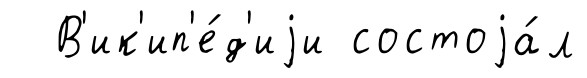
В'ик'ип'е́д'иjи состоjа́л